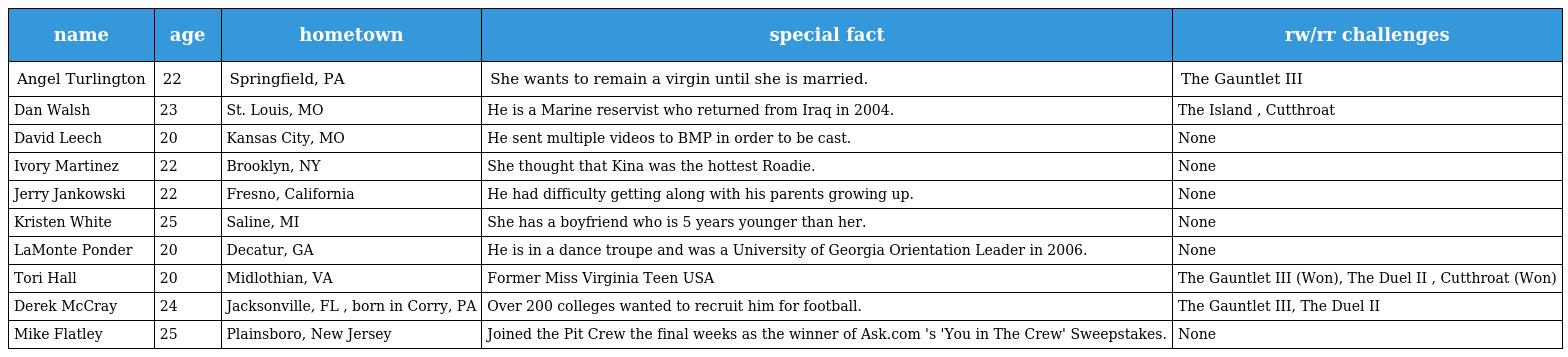
| name | age | hometown | special fact | rw/rr challenges |
 | --- | --- | --- | --- | --- |
 | Angel Turlington | 22 | Springfield, PA | She wants to remain a virgin until she is married. | The Gauntlet III |
 | Dan Walsh | 23 | St. Louis, MO | He is a Marine reservist who returned from Iraq in 2004. | The Island , Cutthroat |
 | David Leech | 20 | Kansas City, MO | He sent multiple videos to BMP in order to be cast. | None |
 | Ivory Martinez | 22 | Brooklyn, NY | She thought that Kina was the hottest Roadie. | None |
 | Jerry Jankowski | 22 | Fresno, California | He had difficulty getting along with his parents growing up. | None |
 | Kristen White | 25 | Saline, MI | She has a boyfriend who is 5 years younger than her. | None |
 | LaMonte Ponder | 20 | Decatur, GA | He is in a dance troupe and was a University of Georgia Orientation Leader in 2006. | None |
 | Tori Hall | 20 | Midlothian, VA | Former Miss Virginia Teen USA | The Gauntlet III (Won), The Duel II , Cutthroat (Won) |
 | Derek McCray | 24 | Jacksonville, FL , born in Corry, PA | Over 200 colleges wanted to recruit him for football. | The Gauntlet III, The Duel II |
 | Mike Flatley | 25 | Plainsboro, New Jersey | Joined the Pit Crew the final weeks as the winner of Ask.com 's 'You in The Crew' Sweepstakes. | None |